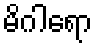
မိဂါရော